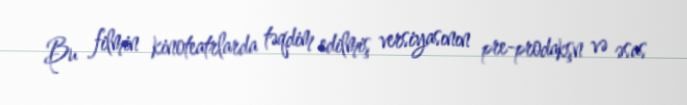
Bu filmin kinoteatrlarda təqdim edilmiş versiyasının pre-prodakşn və əsas